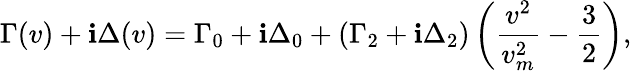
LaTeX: \Gamma(v)+\mathbf{i}\Delta(v)=\Gamma_{0}+\mathbf{i}\Delta_{0}+(\Gamma_{2}+\mathbf{i}\Delta_{2})\left(\frac{{v^{2}}}{{v_{m}^{2}}}-\frac{{3}}{{2}}\right),